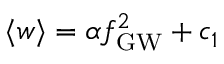
\ensuremath { \langle w \rangle } = \alpha \ensuremath { f _ { \mathrm { G W } } } ^ { 2 } + c _ { 1 }